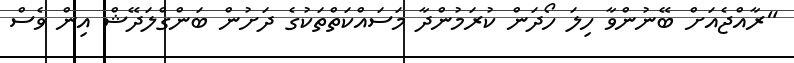
"ރާއްޖެއަށް ބޭނުންވާ ހިލަ ހޯދަން ކުރަމުންދާ މަސައްކަތްތަކުގެ ދަށުން ބަންގްލަދޭޝް އިން ވެސް